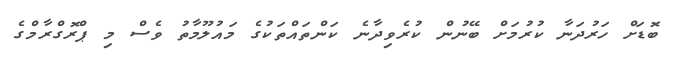
ބޮޑަށް ހަރުދަނާ ކުރުމަށް ބޭނުން ކުރެވިދާނެ ކަންތައްތަކުގެ މައުލޫމާތު ވެސް މި ޕްރޮގްރާމްގެ